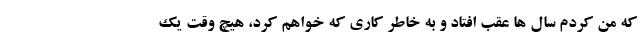
که من کردم سال ها عقب افتاد و به خاطر کاری که خواهم کرد، هیچ وقت یک